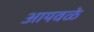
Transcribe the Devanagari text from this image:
आयवळे